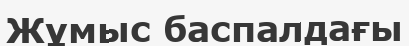
Жұмыс баспалдағы